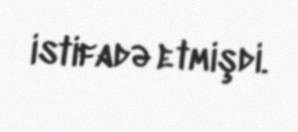
istifadə etmişdi.